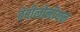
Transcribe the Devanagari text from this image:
बेबीलोनीयन